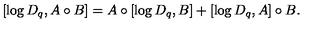
[ \log D _ { q } , A \circ B ] = A \circ [ \log D _ { q } , B ] + [ \log D _ { q } , A ] \circ B .